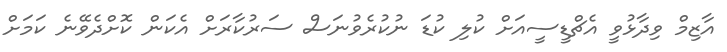
އާޒިމް ވިދާޅުވީ އެޗްޑީސީއަށް ކުލި ކުޑަ ނުކުރެވުނަސް ސަރުކާރަށް އެކަން ކޮށްދެވޭނެ ކަމަށް